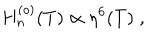
H _ { n } ^ { ( o ) } ( T ) \propto \eta ^ { 6 } ( T ) \; ,